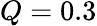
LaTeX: Q=0.3